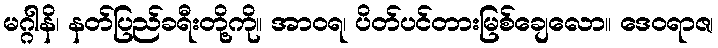
မဂ္ဂါနိ၊ နတ်ပြည်ခရီးတို့ကို။ အာဝရ၊ ပိတ်ပင်တားမြစ်ချေလော။ ဒေဝရာဇ၊